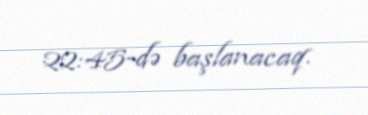
22:45-də başlanacaq.